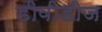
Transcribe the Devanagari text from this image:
डीवीडीज